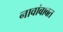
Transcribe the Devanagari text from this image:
नावांबाबत